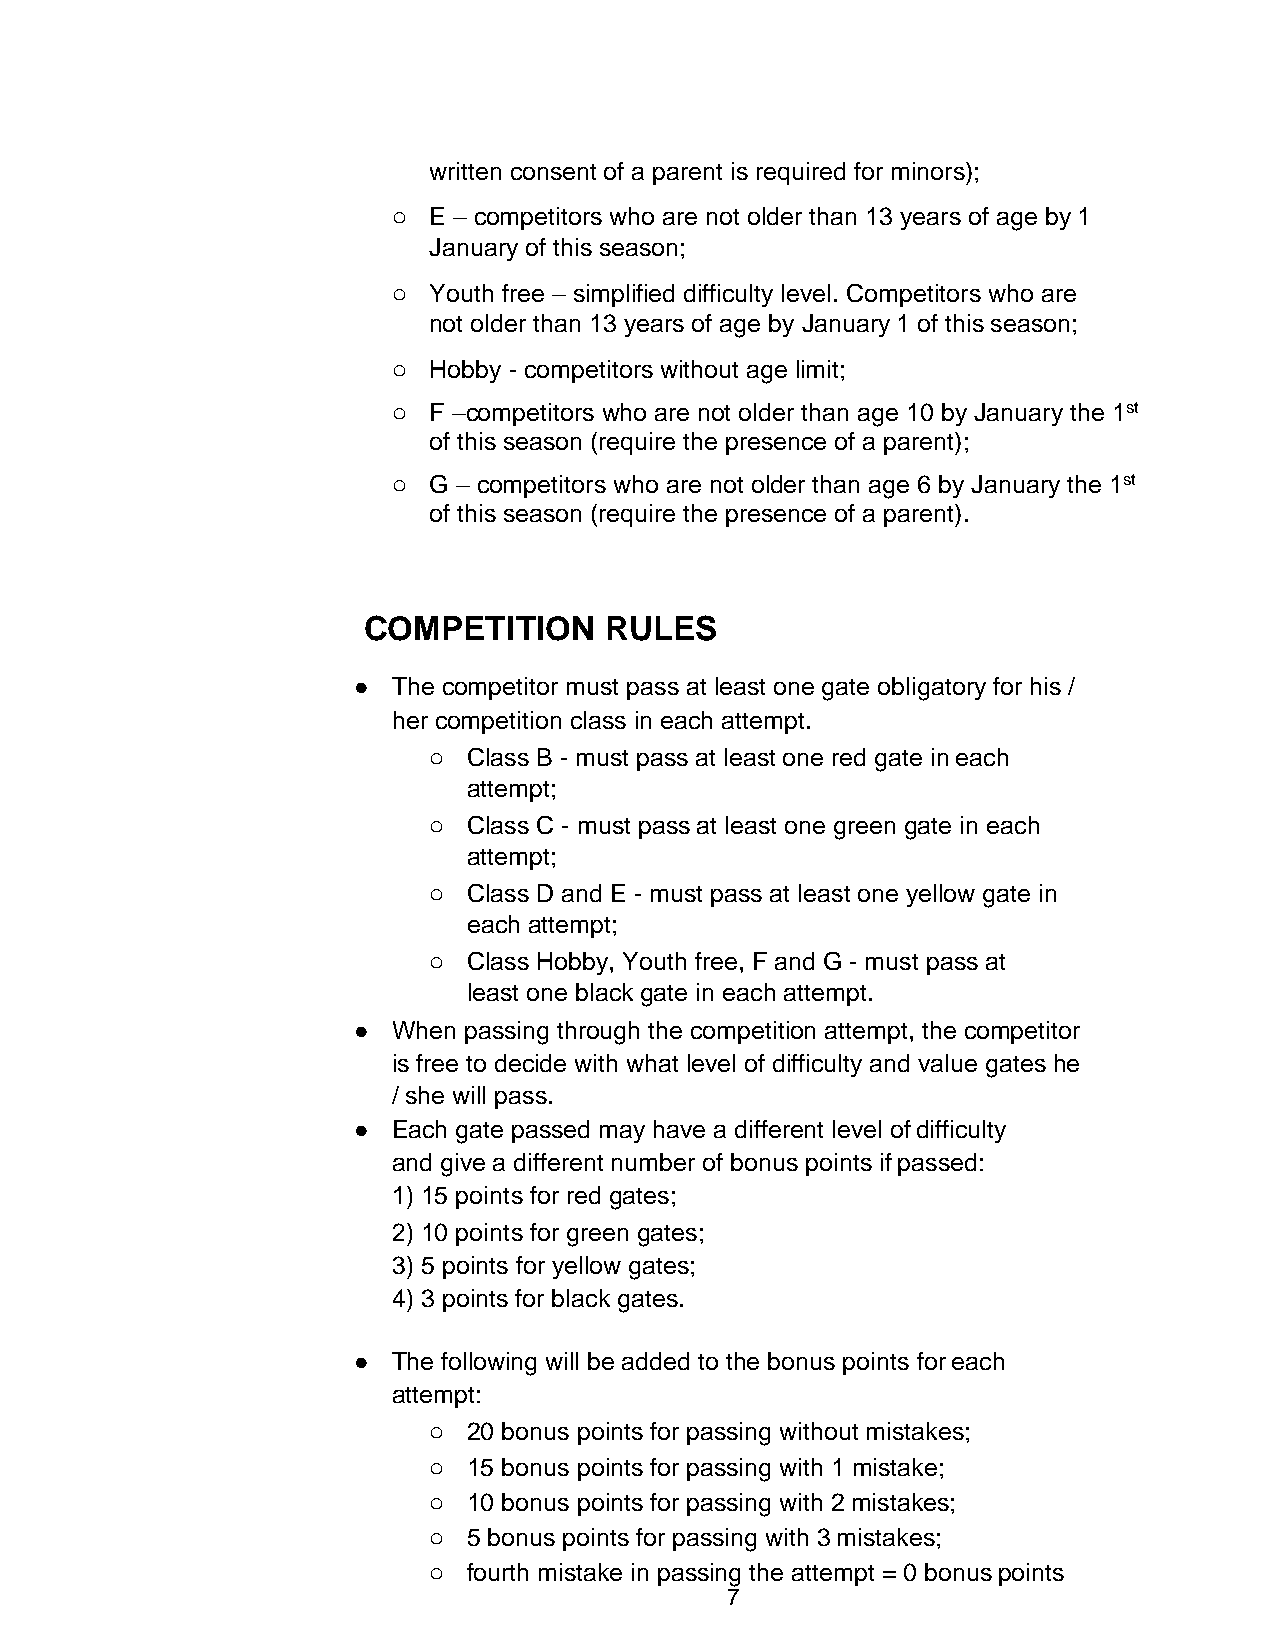
written consent of a parent is required for minors);
 o E – competitors who are not older than 13 years of age by 1
 January of this season;
 o Youth free – simplified difficulty level. Competitors who are
 not older than 13 years of age by January 1 of this season;
 o Hobby - competitors without age limit;
 o F –competitors who are not older than age 10 by January the 1st
 of this season (require the presence of a parent);
 o G – competitors who are not older than age 6 by January the 1st
 of this season (require the presence of a parent).
 COMPETITION     RULES
 ●  The competitor must pass at least one gate obligatory for his /
 her competition class in each attempt.
 o  Class B - must pass at least one red gate in each
 attempt;
 o  Class C - must pass at least one green gate in each
 attempt;
 o  Class D and E - must pass at least one yellow gate in
 each attempt;
 o  Class Hobby, Youth free, F and G - must pass at
 least one black gate in each attempt.
 ●  When passing through the competition attempt, the competitor
 is free to decide with what level of difficulty and value gates he
 / she will pass.
 ●  Each gate passed may have a different level of difficulty
 and give a different number of bonus points if passed:
 1) 15 points for red gates;
 2) 10 points for green gates;
 3) 5 points for yellow gates;
 4) 3 points for black gates.
 ●  The following will be added to the bonus points for each
 attempt:
 o  20 bonus points for passing without mistakes;
 o  15 bonus points for passing with 1 mistake;
 o  10 bonus points for passing with 2 mistakes;
 o  5 bonus points for passing with 3 mistakes;
 o  fourth mistake in passing the attempt = 0 bonus points
 7